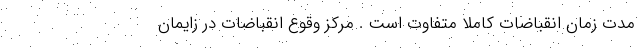
مدت زمان انقباضات کاملا متفاوت است . مرکز وقوع انقباضات در زایمان